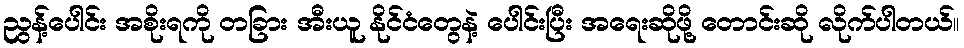
ညွန့်ပေါင်း အစိုးရကို တခြား အီးယူ နိုင်ငံတွေနဲ့ ပေါင်းပြီး အရေးဆိုဖို့ တောင်းဆို လိုက်ပါတယ်။